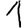
Digit: 1